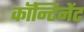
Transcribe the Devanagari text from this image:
कॉन्टिनेंट